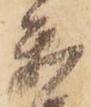
参